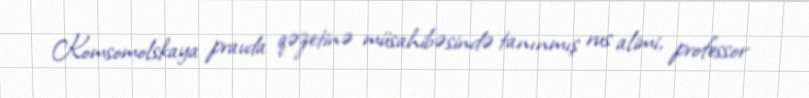
Komsomolskaya pravda qəzetinə müsahibəsində tanınmış rus alimi, professor